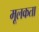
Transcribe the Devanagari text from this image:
मूलकता